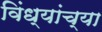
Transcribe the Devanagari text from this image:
विंध्यांच्या